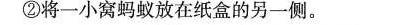
②将一小窝蚂蚁放在纸盒的另一侧。